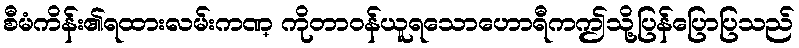
စီမံကိန်း၏ရထားလမ်းကဏ္ ကိုတာဝန်ယူရသောဟောရီကဤသို့ပြန်ပြောပြသည်